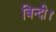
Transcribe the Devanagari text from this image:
बिन्दी।